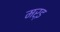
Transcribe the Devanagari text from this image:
मर्इ